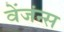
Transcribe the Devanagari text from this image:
वेंजंन्स